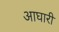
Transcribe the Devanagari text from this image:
आघारी